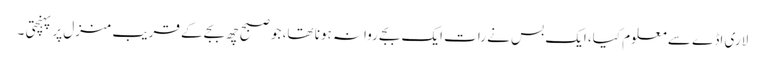
لاری اڈے سے معلوم کیا، ایک بس نے رات ایک بجے روانہ ہونا تھا، جو صبح چھ بجے کے قریب منزل پر پہنچتی ۔